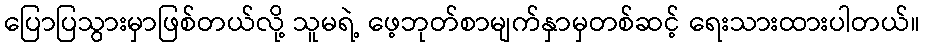
ပြောပြသွားမှာဖြစ်တယ်လို့ သူမရဲ့ ဖေ့ဘုတ်စာမျက်နှာမှတစ်ဆင့် ရေးသားထားပါတယ်။